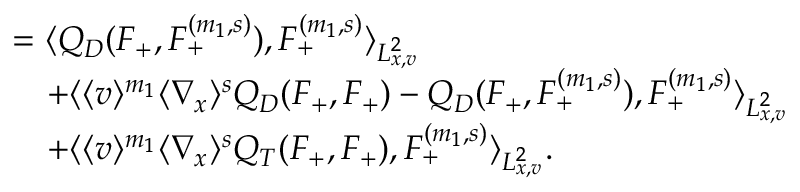
\begin{array} { r l } & { = \langle Q _ { D } ( F _ { + } , F _ { + } ^ { ( m _ { 1 } , s ) } ) , F _ { + } ^ { ( m _ { 1 } , s ) } \rangle _ { L _ { x , v } ^ { 2 } } } \\ & { \quad + \langle \langle v \rangle ^ { m _ { 1 } } \langle \nabla _ { x } \rangle ^ { s } Q _ { D } ( F _ { + } , F _ { + } ) - Q _ { D } ( F _ { + } , F _ { + } ^ { ( m _ { 1 } , s ) } ) , F _ { + } ^ { ( m _ { 1 } , s ) } \rangle _ { L _ { x , v } ^ { 2 } } } \\ & { \quad + \langle \langle v \rangle ^ { m _ { 1 } } \langle \nabla _ { x } \rangle ^ { s } Q _ { T } ( F _ { + } , F _ { + } ) , F _ { + } ^ { ( m _ { 1 } , s ) } \rangle _ { L _ { x , v } ^ { 2 } } . } \end{array}